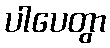
ပါပေတွာ